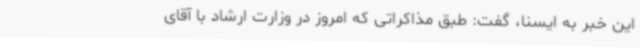
این خبر به ایسنا، گفت: طبق مذاکراتی که امروز در وزارت ارشاد با آقای